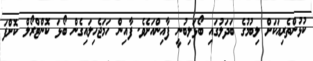
ކުޅުންތެރިއަކަށް ލިބުމުގެ ބަދަލުގައި ބޯޅަލިބުނީ ފާއިންއަށެވެ. ފާއިން ހަމަޖެހިލައިގެން ބޯޅަ ކޮންޓްރޯލް ކޮށްފަ